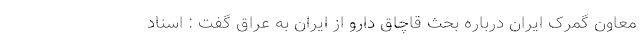
معاون گمرک ایران درباره بحث قاچاق دارو از ایران به عراق گفت : اسناد